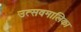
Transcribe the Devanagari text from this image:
उत्सवमालिका